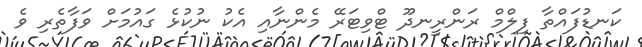
ކަނޑުފައްތާ ފިލްމް ރަންރީނދޫ ޓްވިޓަރޭ މެންނާއި އެކު ނުކުޅެ ގައުމަށް ވަފާތެރި ވެ